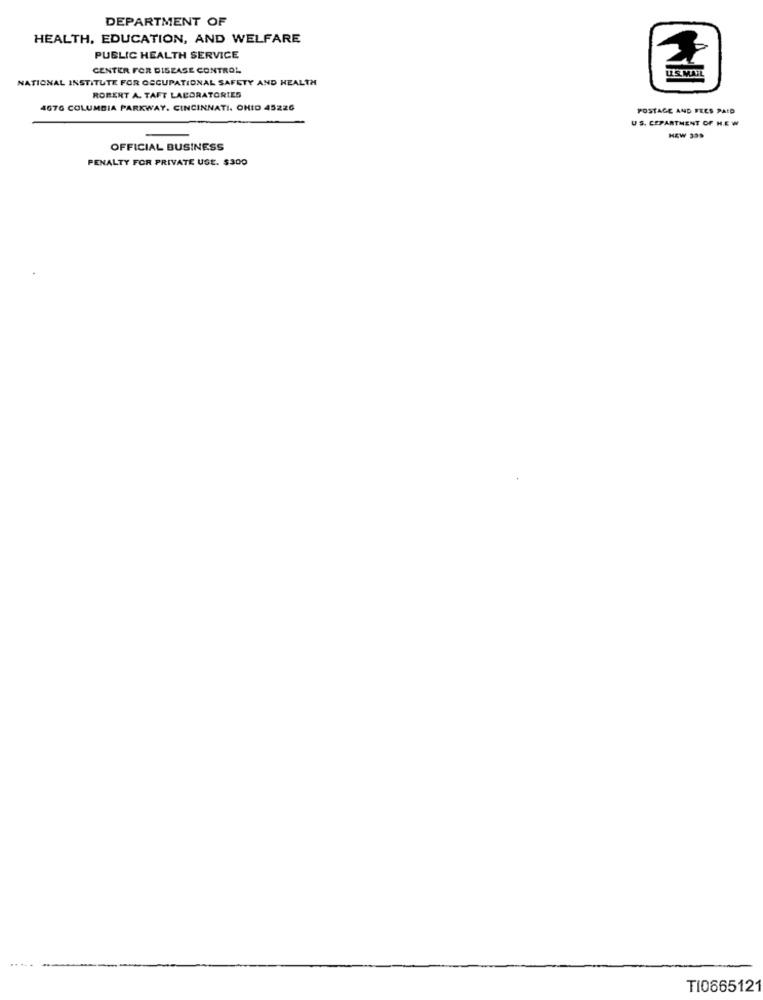
DEPARTMENT OF
HEALTH, EDUCATION, AND WELFARE
PUBLIC HEALTH SERVICE
CENTER FOR DISEASE CONTROL
NATIONAL INSTITUTE FOR OCCUPATIONAL SAFETY AND HEALTH
ROBERT A. TAFT LABORATORIES
4676 COLUMBIA PARKWAY. CINCINNATI, OHIO 45226
POSTAGE AND FEES PAID
US. CEPARTMENT OF H.EW
-
NEW 339
OFFICIAL BUSINESS
PENALTY FOR PRIVATE USE. $300
TI0665121